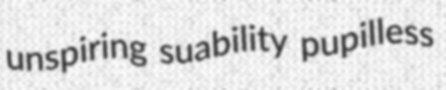
unspiring suability pupilless